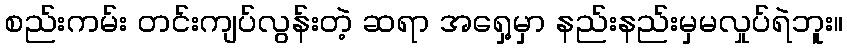
စည်းကမ်း တင်းကျပ်လွန်းတဲ့ ဆရာ အရှေ့မှာ နည်းနည်းမှမလှုပ်ရဲဘူး။